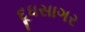
દૂધસાગર